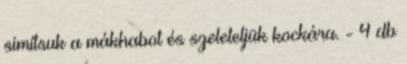
simítsuk a mákhabot és szeleteljük kockára. - 4 db